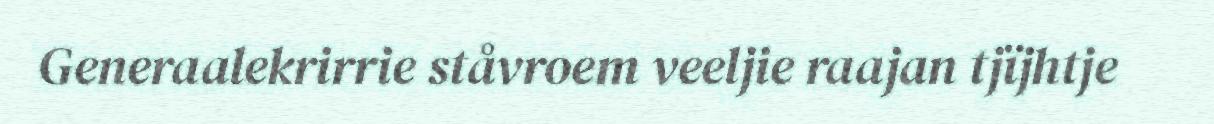
Generaalekrirrie ståvroem veeljie raajan tjïjhtje